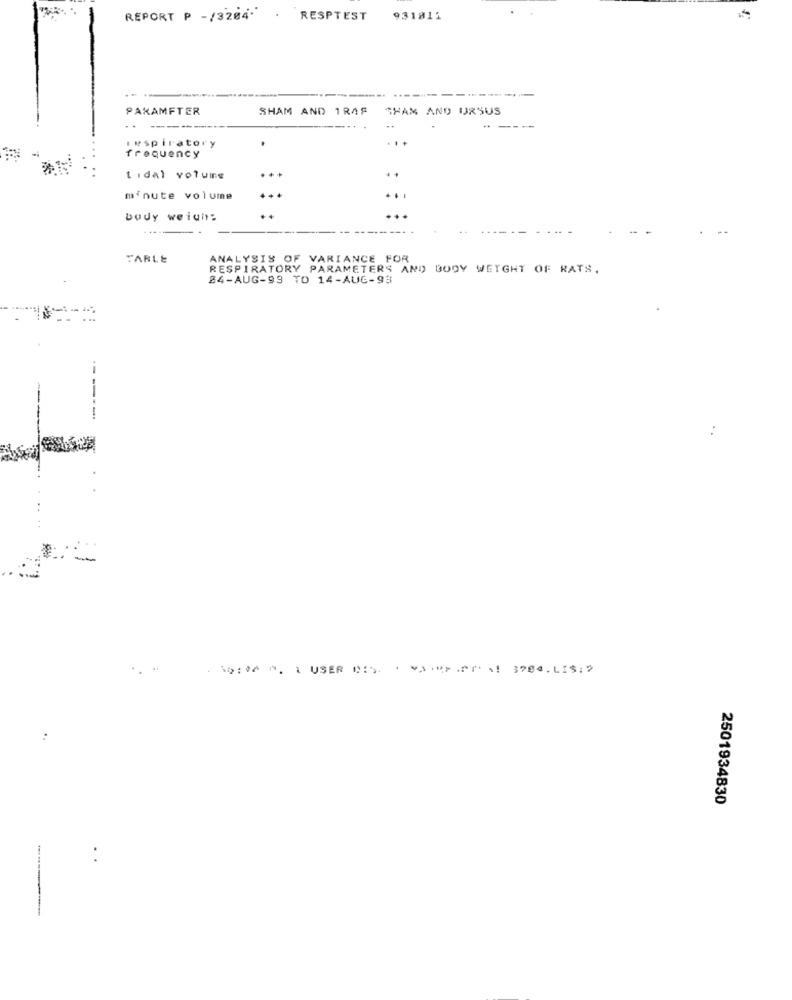
REPORT P -/3204. . RESPTEST 931811
PARAMFTER
SHAM AND 1RAF
SHAM AND URSUS
-
respiratory
frequency
tidal volume
minute volume
body weight:
TABLE
ANALYSIS OF VARIANCE FOR
RESPIRATORY PARAMETERS AND BODY WEIGHT OF RATS.
84-AUG-99 TO 14-AUG-93
---
Sa:00 0. 1 USER BIS. ( PALMPISTA! 3984. LIS: S
2501934830